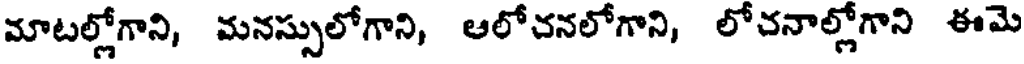
మాటల్లోగాని, మనస్సులోగాని, ఆలోచనలోగాని, లోచనాల్లోగాని ఈమె